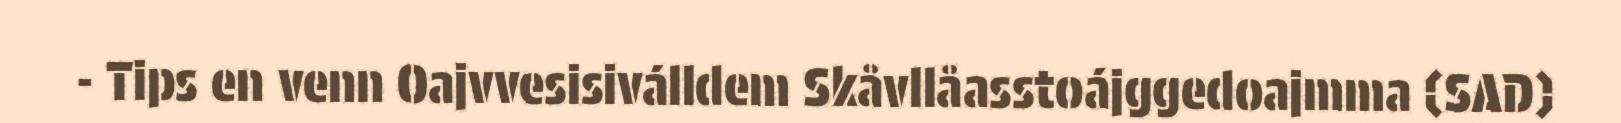
- Tips en venn Oajvvesisiválldem Skåvllåasstoájggedoajmma (SAD)